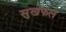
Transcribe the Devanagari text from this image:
सुखफल